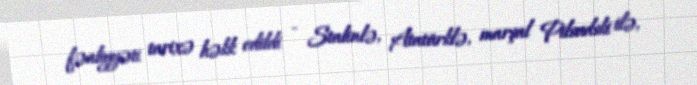
fəaliyyəti tarixə həkk edildi - Stalinlə, Atatürklə, marşal Pilsudski ilə,